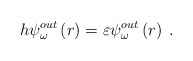
\begin{align*}h\psi _{\omega }^{out}\left( r\right) =\varepsilon \psi _{\omega}^{out}\left( r\right) \;. \end{align*}